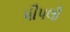
પીપલી